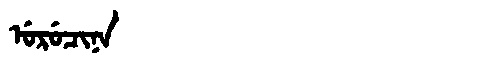
Manchu: ᡠᡵᡠᠴᡳᠨᠠ
Romanization: URUCINA